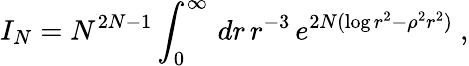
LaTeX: I_{N}=N^{2N-1}\int_{0}^{\infty}\, dr\, r^{-3}\, e^{2N(\log r^{2}-\rho^{2}r^{2})}\ ,